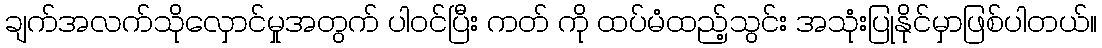
ချက်အလက်သိုလှောင်မှုအတွက် ပါဝင်ပြီး ကတ် ကို ထပ်မံထည့်သွင်း အသုံးပြုနိုင်မှာဖြစ်ပါတယ်။